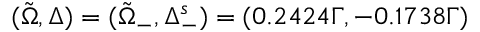
( \tilde { \Omega } , \Delta ) = ( \Tilde { \Omega } _ { - } , \Delta _ { - } ^ { s } ) = ( 0 . 2 4 2 4 Γ , - 0 . 1 7 3 8 Γ )